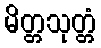
မိတ္တသုတ္တံ